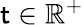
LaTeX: \mathsf{t}\in\mathbb{{R}}^{+}